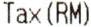
TAX (RM)